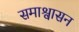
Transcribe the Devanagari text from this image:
समाश्वासन